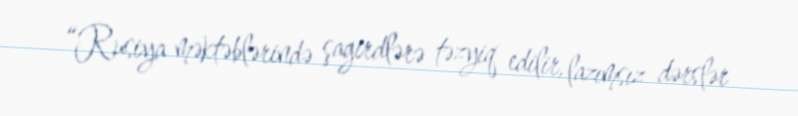
“Rusiya məktəblərində şagirdlərə təzyiq edilir, lazımsız dərslər